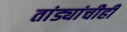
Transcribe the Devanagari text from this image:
तांड्यांचीही